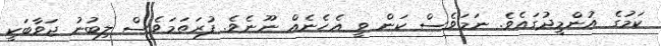
ކަމުގެ އުންމީދުގައެވެ. ނަމަވެސް ކަން ވީ އެހެނެއް ނޫނެވެ. ފުރަތަމަވެސް ލިބުނު ޖަވާބަކީ